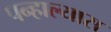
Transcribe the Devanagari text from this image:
पन्हाल्यास